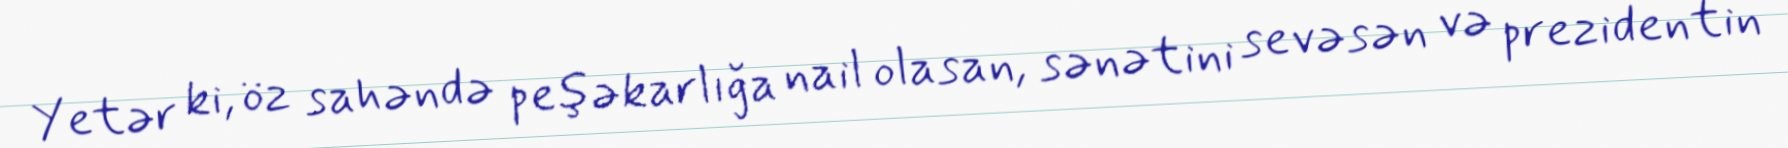
Yetər ki, öz sahəndə peşəkarlığa nail olasan, sənətini sevəsən və prezidentin